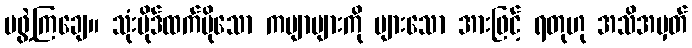
မဖွဲ့ကြချေ။ သုံးပိုဒ်ထက်ပိုသော ကဗျာများကို များသော အားဖြင့် ရတုဟု အသိအမှတ်